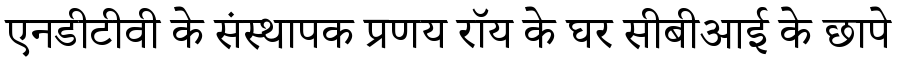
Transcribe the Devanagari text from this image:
एनडीटीवी के संस्थापक प्रणय रॉय के घर सीबीआई के छापे